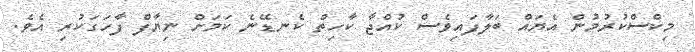
މިކްސްކުރުމުން އެޔައް ބަލާފައިވެސް ކުއްޖާ ކާހިތް ކެނޑޭނެ ކަމަށް ނިޔާފް ފާހަގަކުރި އެވެ.